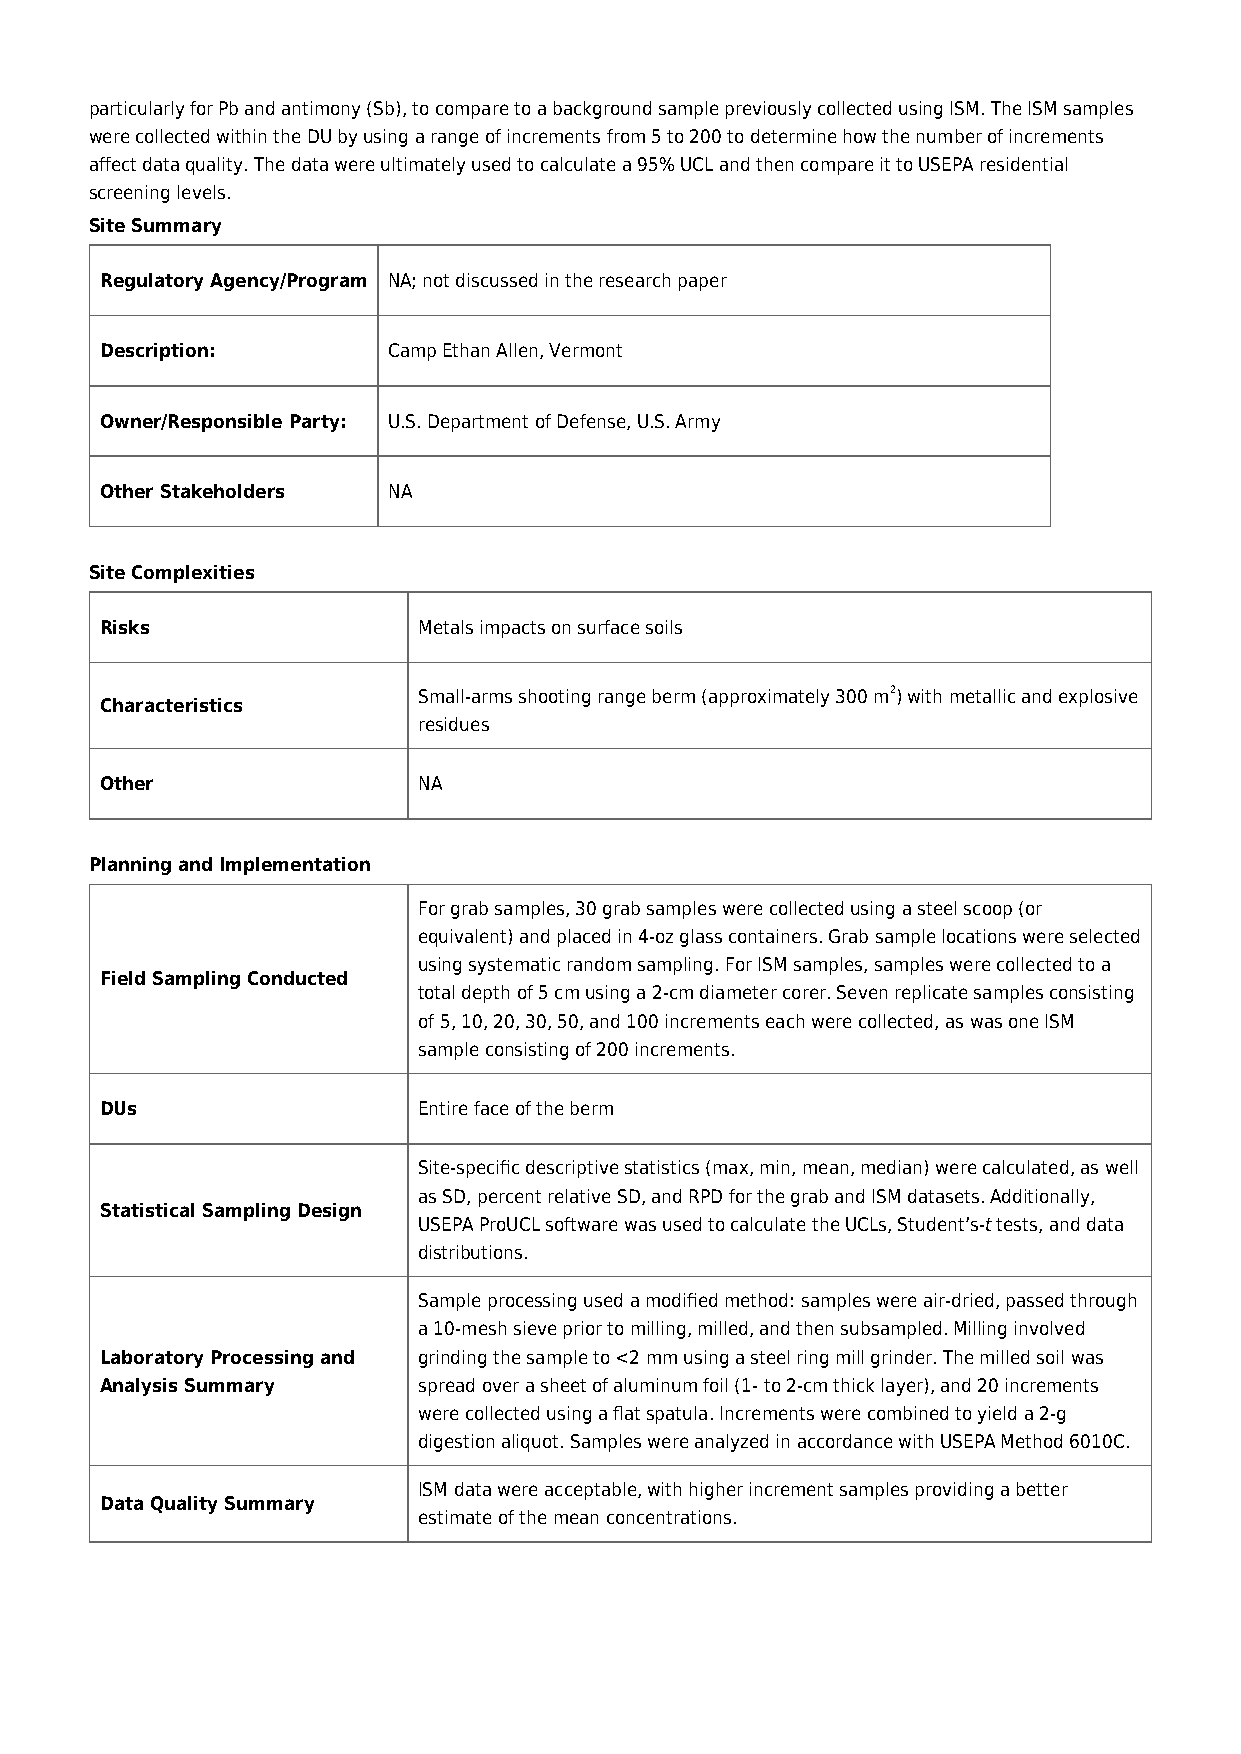
particularly for Pb and antimony (Sb), to compare to a background sample previously collected using ISM. The ISM samples
 were collected within the DU by using a range of increments from 5 to 200 to determine how the number of increments
 affect data quality. The data were ultimately used to calculate a 95% UCL and then compare it to USEPA residential
 screening levels.
 Site Summary
 Regulatory Agency/Program NA; not discussed in the research paper
 Description:       Camp Ethan Allen, Vermont
 Owner/Responsible Party: U.S. Department of Defense, U.S. Army
 Other Stakeholders NA
 Site Complexities
 Risks                Metals impacts on surface soils
 Small-arms shooting range berm (approximately 300 m2) with metallic and explosive
 Characteristics
 residues
 Other                NA
 Planning and Implementation
 For grab samples, 30 grab samples were collected using a steel scoop (or
 equivalent) and placed in 4-oz glass containers. Grab sample locations were selected
 using systematic random sampling. For ISM samples, samples were collected to a
 Field Sampling Conducted
 total depth of 5 cm using a 2-cm diameter corer. Seven replicate samples consisting
 of 5, 10, 20, 30, 50, and 100 increments each were collected, as was one ISM
 sample consisting of 200 increments.
 DUs                  Entire face of the berm
 Site-specific descriptive statistics (max, min, mean, median) were calculated, as well
 as SD, percent relative SD, and RPD for the grab and ISM datasets. Additionally,
 Statistical Sampling Design
 USEPA ProUCL software was used to calculate the UCLs, Student’s-t tests, and data
 distributions.
 Sample processing used a modified method: samples were air-dried, passed through
 a 10-mesh sieve prior to milling, milled, and then subsampled. Milling involved
 Laboratory Processing and grinding the sample to <2 mm using a steel ring mill grinder. The milled soil was
 Analysis Summary     spread over a sheet of aluminum foil (1- to 2-cm thick layer), and 20 increments
 were collected using a flat spatula. Increments were combined to yield a 2-g
 digestion aliquot. Samples were analyzed in accordance with USEPA Method 6010C.
 ISM data were acceptable, with higher increment samples providing a better
 Data Quality Summary
 estimate of the mean concentrations.